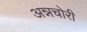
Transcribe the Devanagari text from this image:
अन्नचोरी